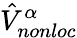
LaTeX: \hat{V}_{nonloc}^{\alpha}